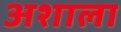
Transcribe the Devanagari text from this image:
अशाला